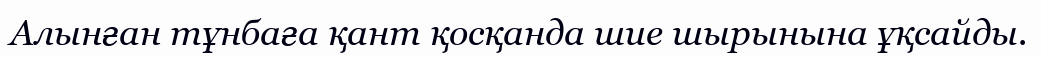
Алынған тұнбаға қант қосқанда шие шырынына ұқсайды.